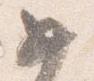
如